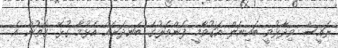
ރައީސް ވިދާޅުވީ ބައިނަލް އަގުވާމީ ފެންވަރުގެ ބަނދަރެއް އެޅުމާ ގުޅޭ ގޮތުން އެ